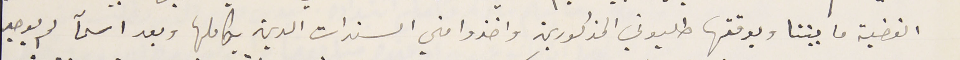
القضية ما بيننا وبوقتها طلبوني المذكورين واخذوا مني السندات الدين بكاملها وبعد اسمآ لم يوجد